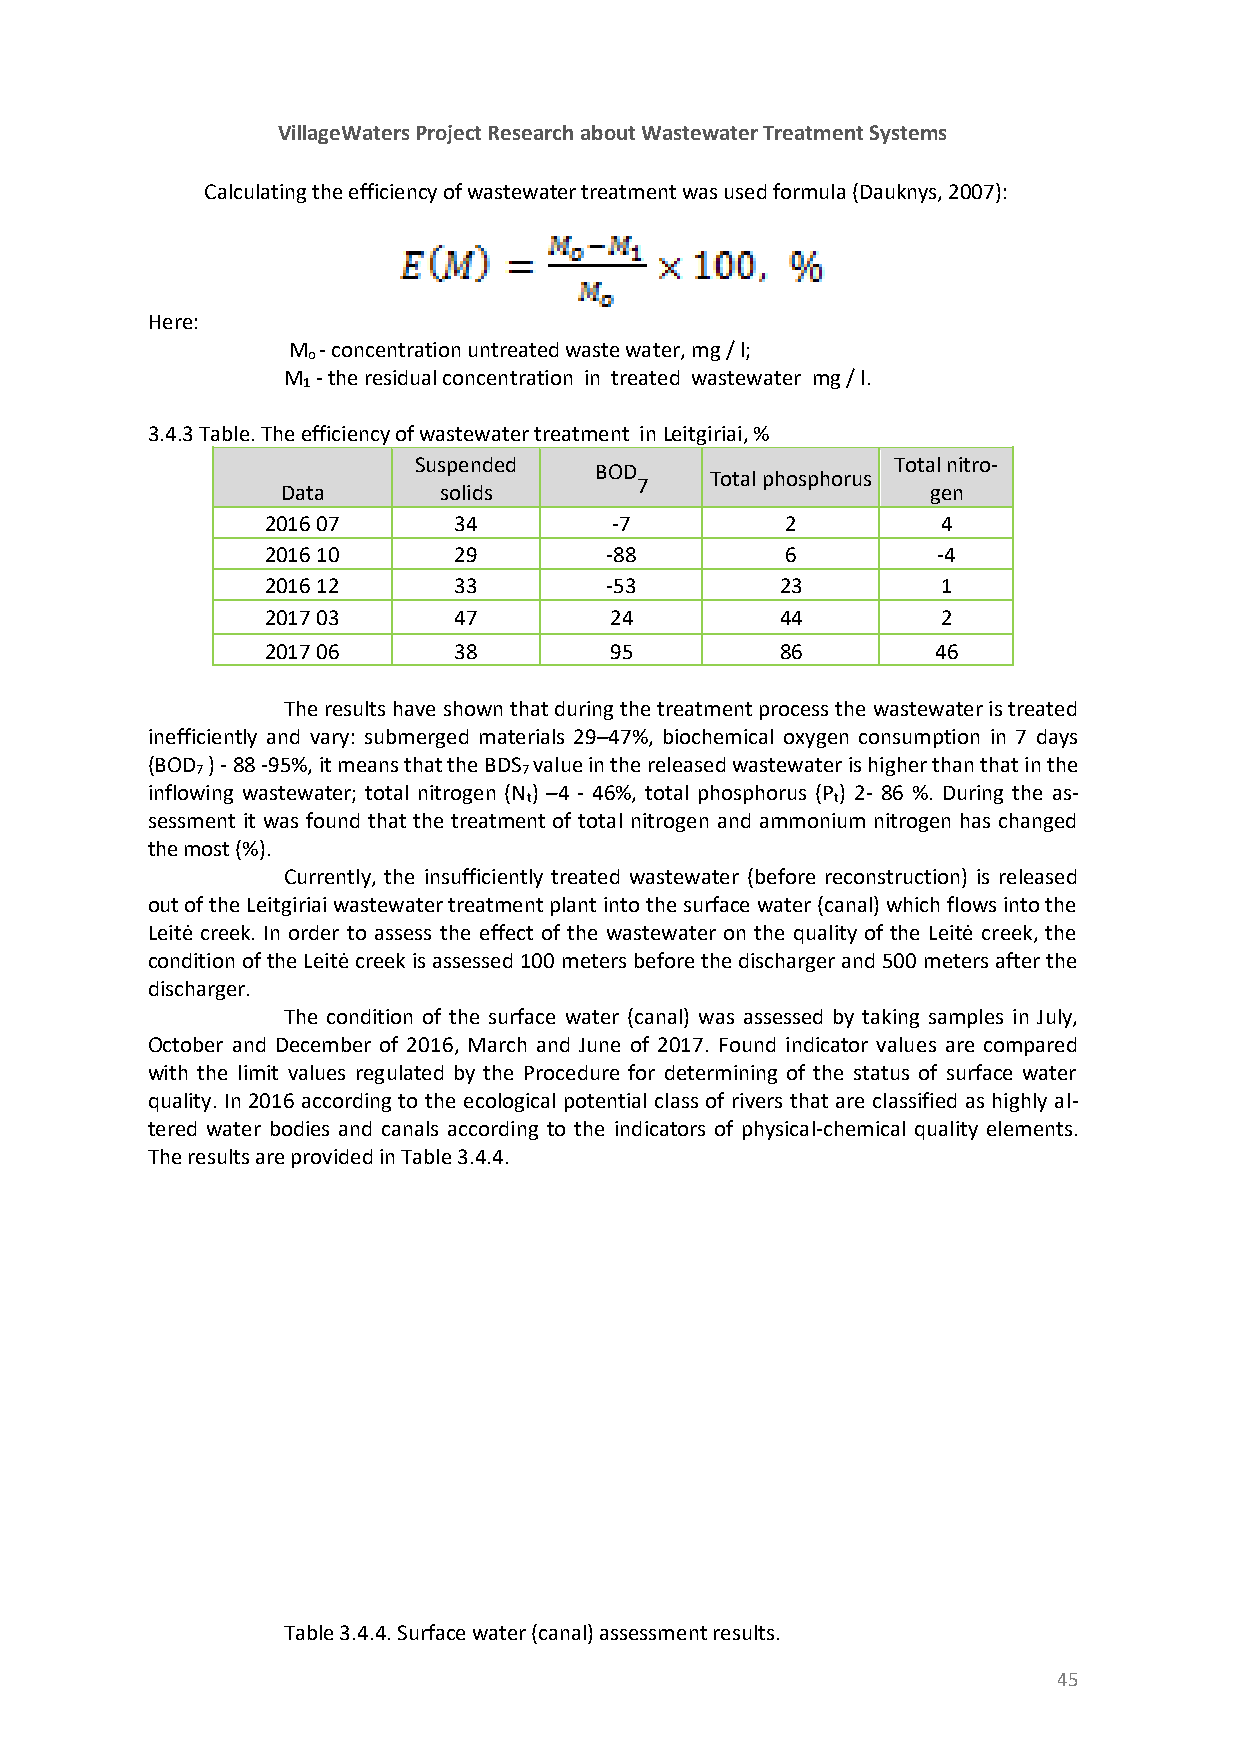
VillageWaters Project Research about Wastewater Treatment Systems
 Calculating the efficiency of wastewater treatment was used formula (Dauknys, 2007):
 Here:
 M - concentration untreated waste water, mg / l;
 o
 M - the residual concentration in treated wastewater mg / l.
 1
 3.4.3 Table. The efficiency of wastewater treatment in Leitgiriai, %
 Suspended                       Total nitro-
 BOD
 Total phosphorus
 7
 Data      solids                           gen
 2016 07     34         -7         2         4
 2016 10     29        -88         6         -4
 2016 12     33        -53         23        1
 2017 03     47        24          44        2
 2017 06     38        95          86        46
 The results have shown that during the treatment process the wastewater is treated
 inefficiently and vary: submerged materials 29–47%, biochemical oxygen consumption in 7 days
 (BOD ) - 88 -95%, it means that the BDS value in the released wastewater is higher than that in the
 7                     7
 inflowing wastewater; total nitrogen (N) –4 - 46%, total phosphorus (P) 2- 86 %. During the as-
 t                   t
 sessment it was found that the treatment of total nitrogen and ammonium nitrogen has changed
 the most (%).
 Currently, the insufficiently treated wastewater (before reconstruction) is released
 out of the Leitgiriai wastewater treatment plant into the surface water (canal) which flows into the
 Leitė creek. In order to assess the effect of the wastewater on the quality of the Leitė creek, the
 condition of the Leitė creek is assessed 100 meters before the discharger and 500 meters after the
 discharger.
 The condition of the surface water (canal) was assessed by taking samples in July,
 October and December of 2016, March and June of 2017. Found indicator values are compared
 with the limit values regulated by the Procedure for determining of the status of surface water
 quality. In 2016 according to the ecological potential class of rivers that are classified as highly al-
 tered water bodies and canals according to the indicators of physical-chemical quality elements.
 The results are provided in Table 3.4.4.
 Table 3.4.4. Surface water (canal) assessment results.
 45